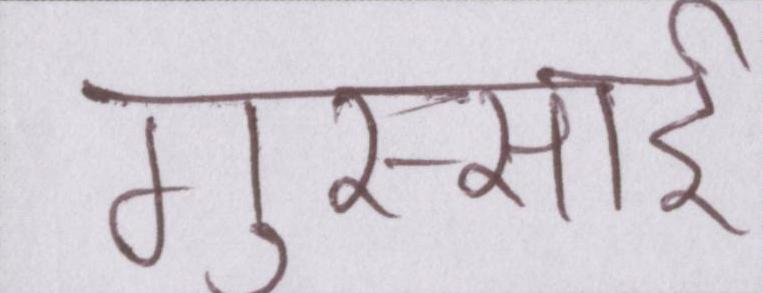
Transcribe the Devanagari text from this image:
गुस्साई